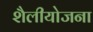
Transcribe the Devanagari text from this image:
शैलीयोजना